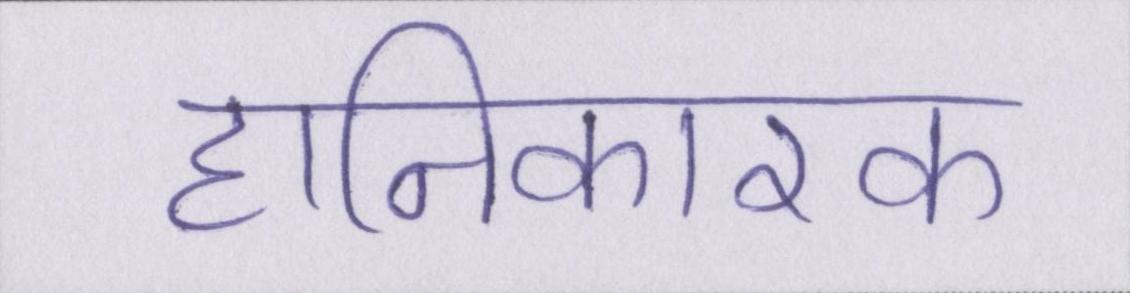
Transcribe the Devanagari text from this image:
हानिकारक